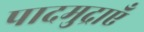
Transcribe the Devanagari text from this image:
पादमुद्राएँ